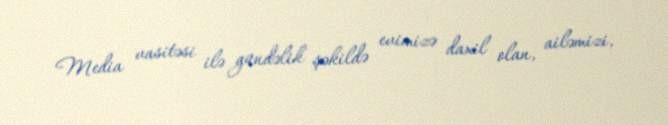
Media vasitəsi ilə gündəlik şəkildə evimizə daxil olan, ailəmizi,